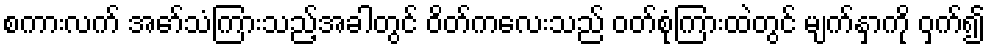
စကားလက် အော်သံကြားသည့်အခါတွင် ဝိတ်ကလေးသည် ဝတ်စုံကြားထဲတွင် မျက်နှာကို ဝှက်၍